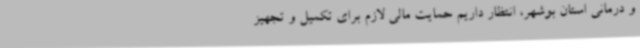
و درمانی استان بوشهر، انتظار داریم حمایت مالی لازم برای تکمیل و تجهیز